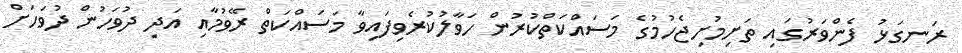
ރަނގަޅު ފެންވަރުގައި ތަށިމުށިޖެހުމުގެ މަސައްކަތްކުރުން ހަވާލުކުރެވިފައިވާ މަސައްކަތް ރޭވުމާއި އަދި ދުވަހުން ދުވަހަށް